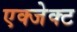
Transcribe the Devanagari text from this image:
एक्जेक्ट